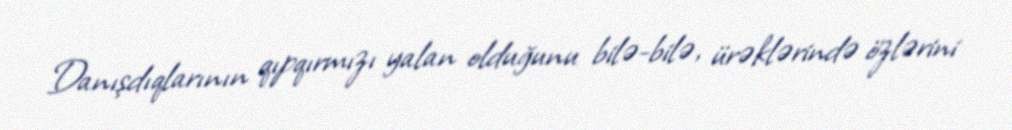
Danışdıqlarının qıpqırmızı yalan olduğunu bilə-bilə, ürəklərində özlərini